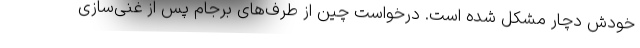
خودش دچار مشکل شده است. درخواست چین از طرف‌های برجام پس از غنی‌سازی